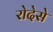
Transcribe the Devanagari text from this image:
रोदेसे